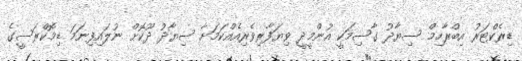
ޑިރެކްޓަރު އިބްރާހިމް ސިޔާދު ގާސިމަކީ އުންމީދީ ވިޔަފާރިވެރިއެއްކަމަށާ ސިޔާދު ދޫކޮށް ނުލައިފިނަމަ ޑިމޮކްރަސީގެ